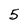
Character: 5